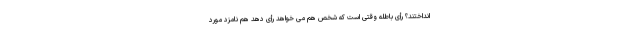
انداختند؟ رأی باطله وقتی است که شخص هم می خواهد رأی دهد هم نامزد مورد